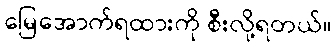
မြေအောက်ရထားကို စီးလို့ရတယ်။